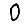
Digit: 0